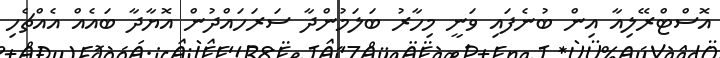
އޮސްޓްރޭލިއާ އިން ބުނެފައި ވަނީ މިހާރު ބަލަމުންދާ ސަރަހައްދުން އޮޔާދާ ބައެއް އެއްޗެހި